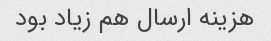
هزینه ارسال هم زیاد بود